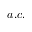
a . c .